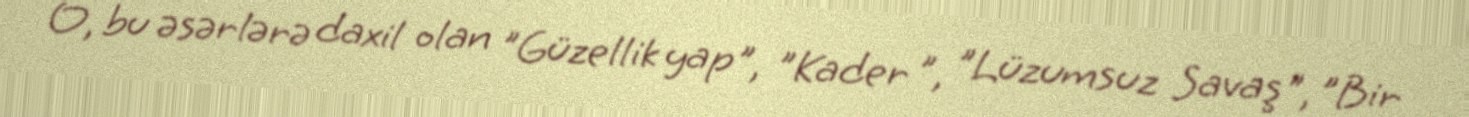
O, bu əsərlərə daxil olan "Güzellik yap", "Kader ", "Lüzumsuz Savaş", "Bir